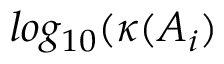
l o g _ { 1 0 } ( \kappa ( \boldsymbol { A } _ { i } )